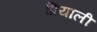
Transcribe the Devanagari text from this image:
प्रियाली